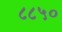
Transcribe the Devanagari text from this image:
८८५०